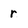
Character: r